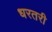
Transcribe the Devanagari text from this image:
धरतरी